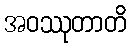
အဝဿုတာတိ